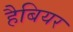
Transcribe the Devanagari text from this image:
हैबियर